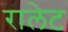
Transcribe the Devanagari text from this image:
रालेट